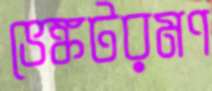
ভেঙ্কটরমণ